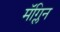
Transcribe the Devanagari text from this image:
मॅग्लिन